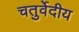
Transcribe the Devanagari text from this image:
चतुर्वेदीय